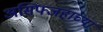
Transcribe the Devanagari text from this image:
असिफ्जहाच्या